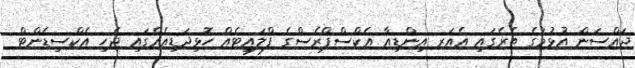
ޖައްސަން އުޅުމުގެ ތެރެގައި އެއަރ އިންޑިއާ އެކްސްޕްރެސްގެ ފްލައިޓެއް ހޮޅިދަޑިއެއްގައި ޖެހި އެކްސިޑެންޓް